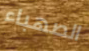
الصهباء